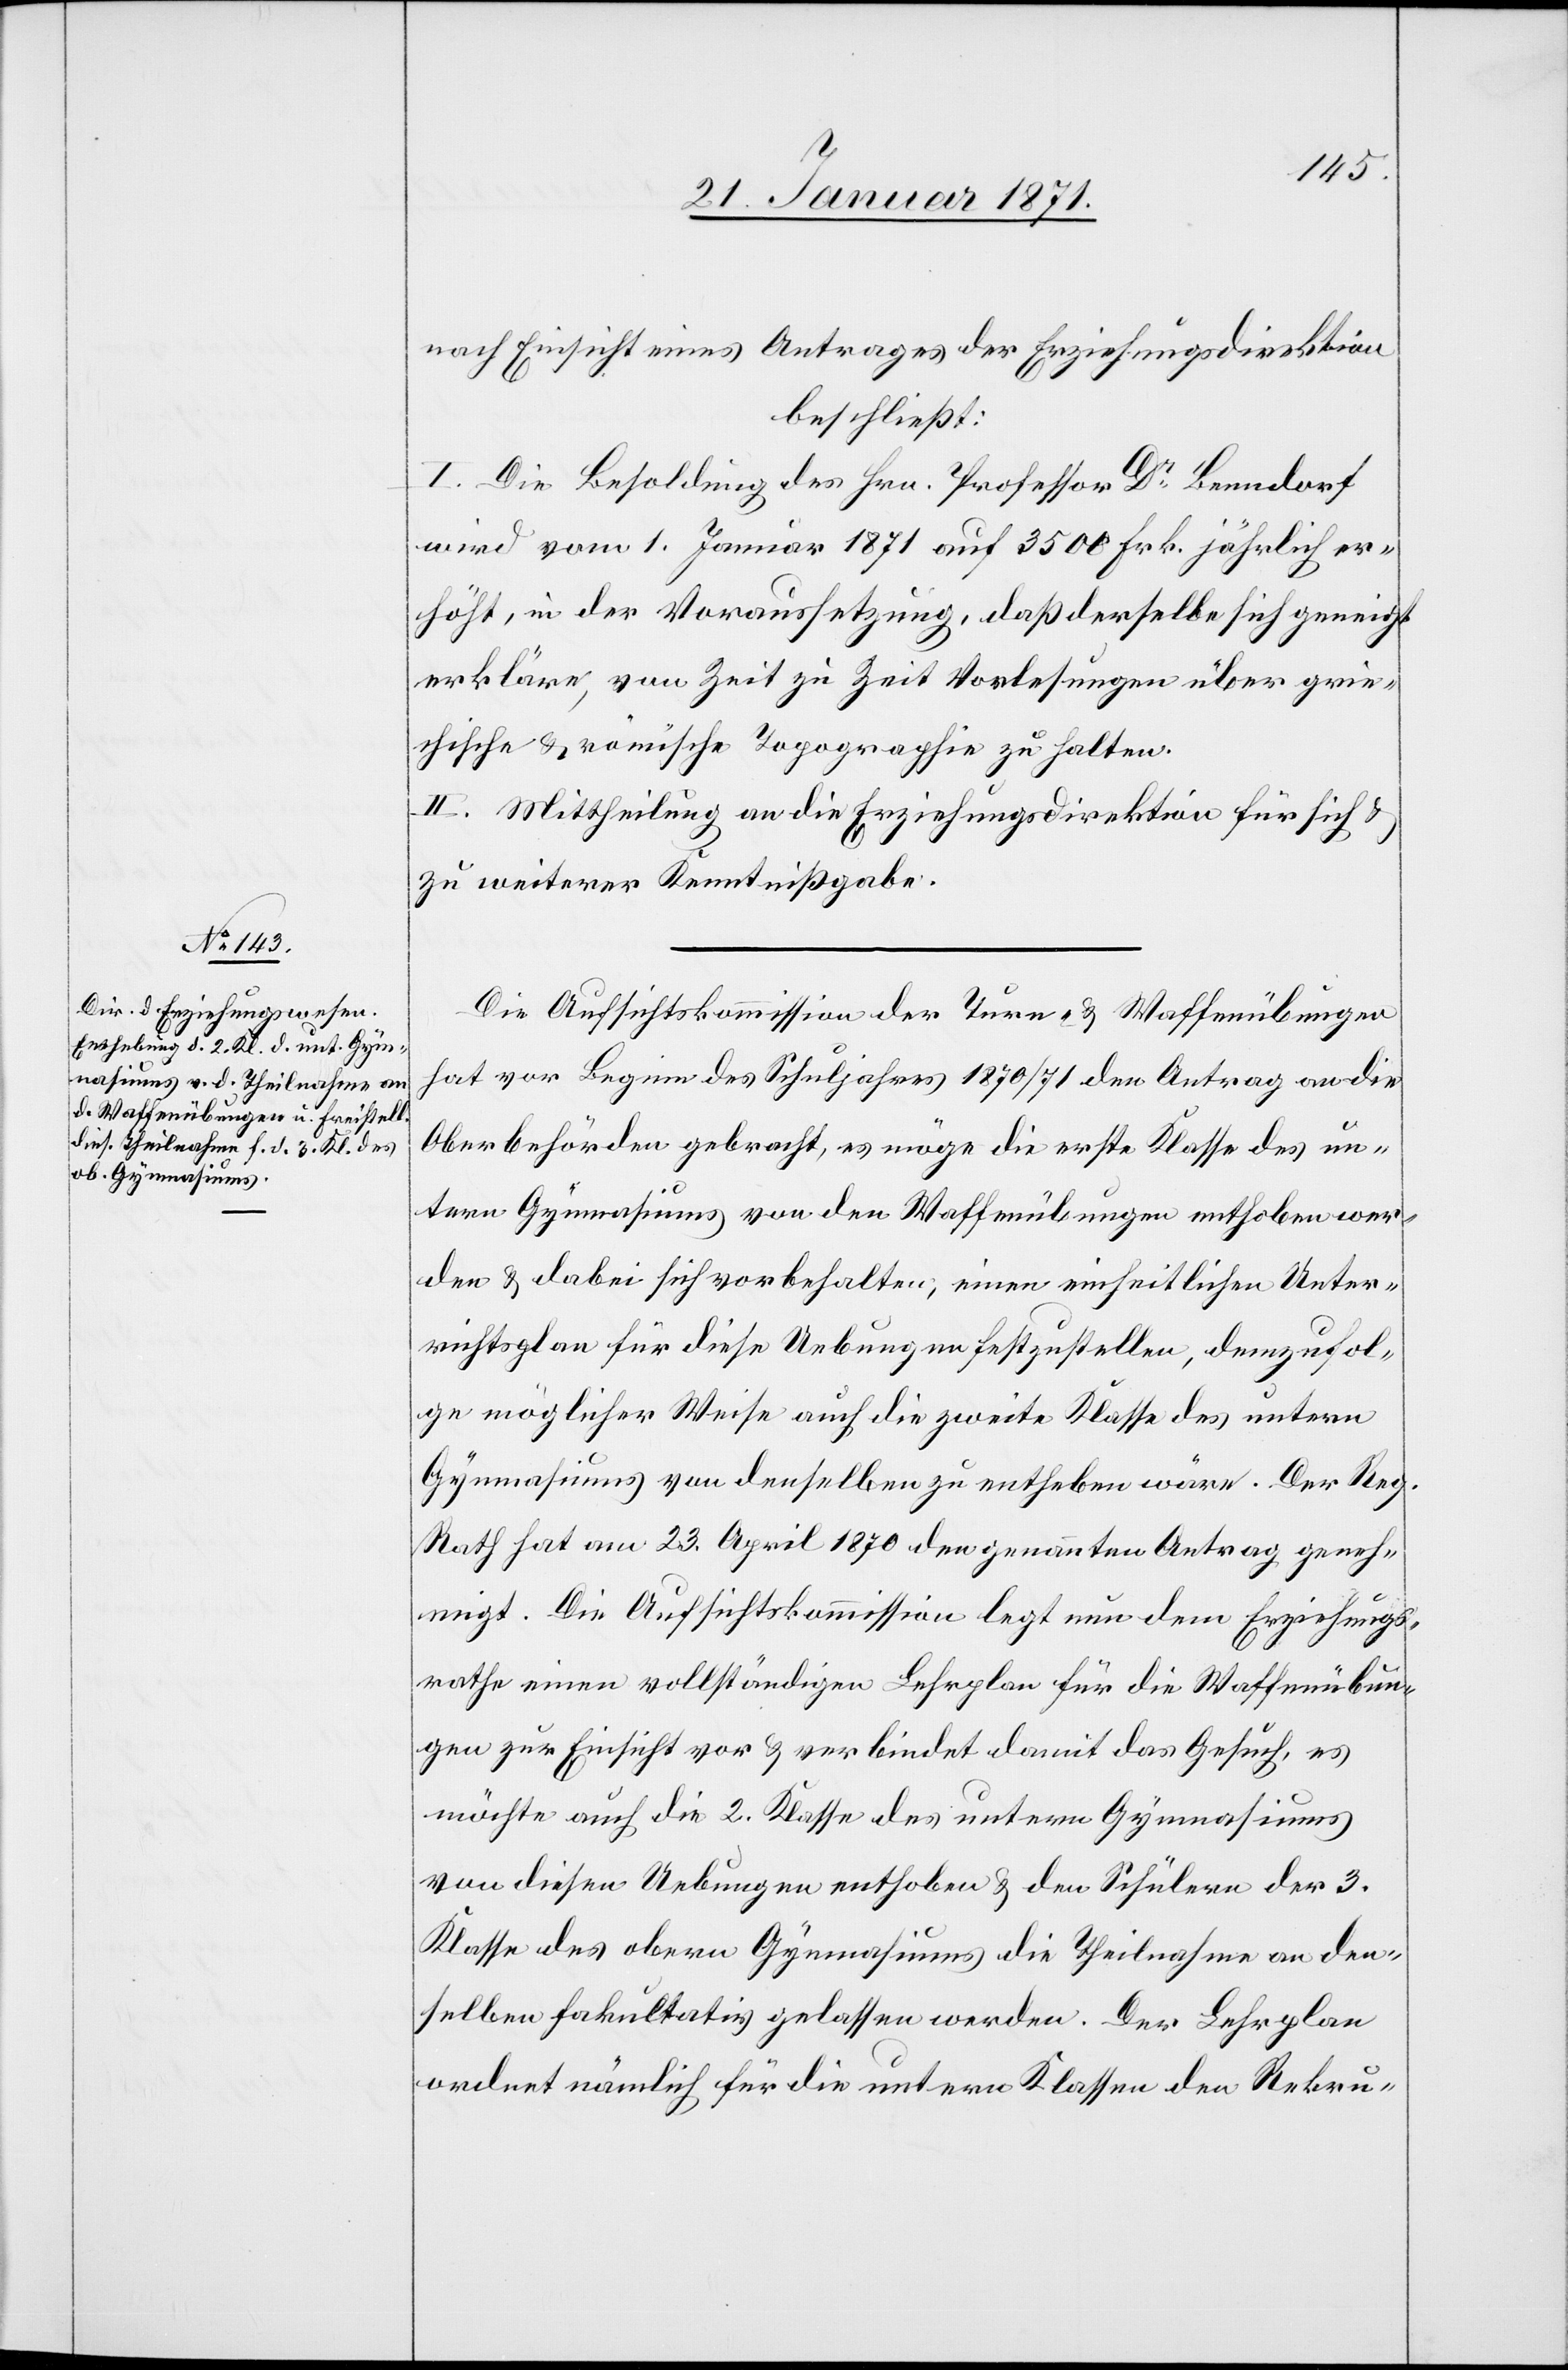
nach Einsicht eines Antrages der Erziehungsdirektion
beschließt:
I. Die Besoldung des Hrn. Professor Dr. Benndorf
wird vom 1. Januar 1871 auf 3500 Frk. jährlich er¬
höht, in der Voraussetzung, daß derselbe sich geneigt
erkläre, von Zeit zu Zeit Vorlesungen über grie¬
chische u. römische Topographie zu halten.
II. Mittheilung an die Erziehungsdirektion für sich u.
zu weiterer Kenntnißgabe.
Die Aufsichtskommission der Turn, u. Waffenübungen
hat vor Beginn des Schuljahres 1870/71 den Antrag an die
Oberbehörden gebracht, es möge die erste Klasse des un¬
tern Gymnasiums von den Waffenübungen enthoben wer¬
den u. dabei sich vorbehalten, einen einseitigen Unter¬
richtsplan für diese Uebungen festzustellen, demzufol¬
ge möglicher Weise auch die zweite Klasse des untern
Gymnasiums von denselben zu entheben wäre. Der Reg.
Rath hat am 23. April 1870 den genannten Antrag geneh¬
migt. Die Aufsichtskommission legt nun dem Erziehungs¬
rathe einen vollständigen Lehrplan für die Waffenübun¬
gen zur Einsicht vor u. verbindet damit das Gesuch, es
möchte auch die 2. Klasse des untern Gymnasiums
von diesen Uebungen enthoben u. den Schülern der 3.
Klasse des obern Gymnasiums die Theilnahme an den¬
selben fakultativ gelassen werden. Der Lehrplan
ordnet nämlich für die untere Klassen den Rekru-